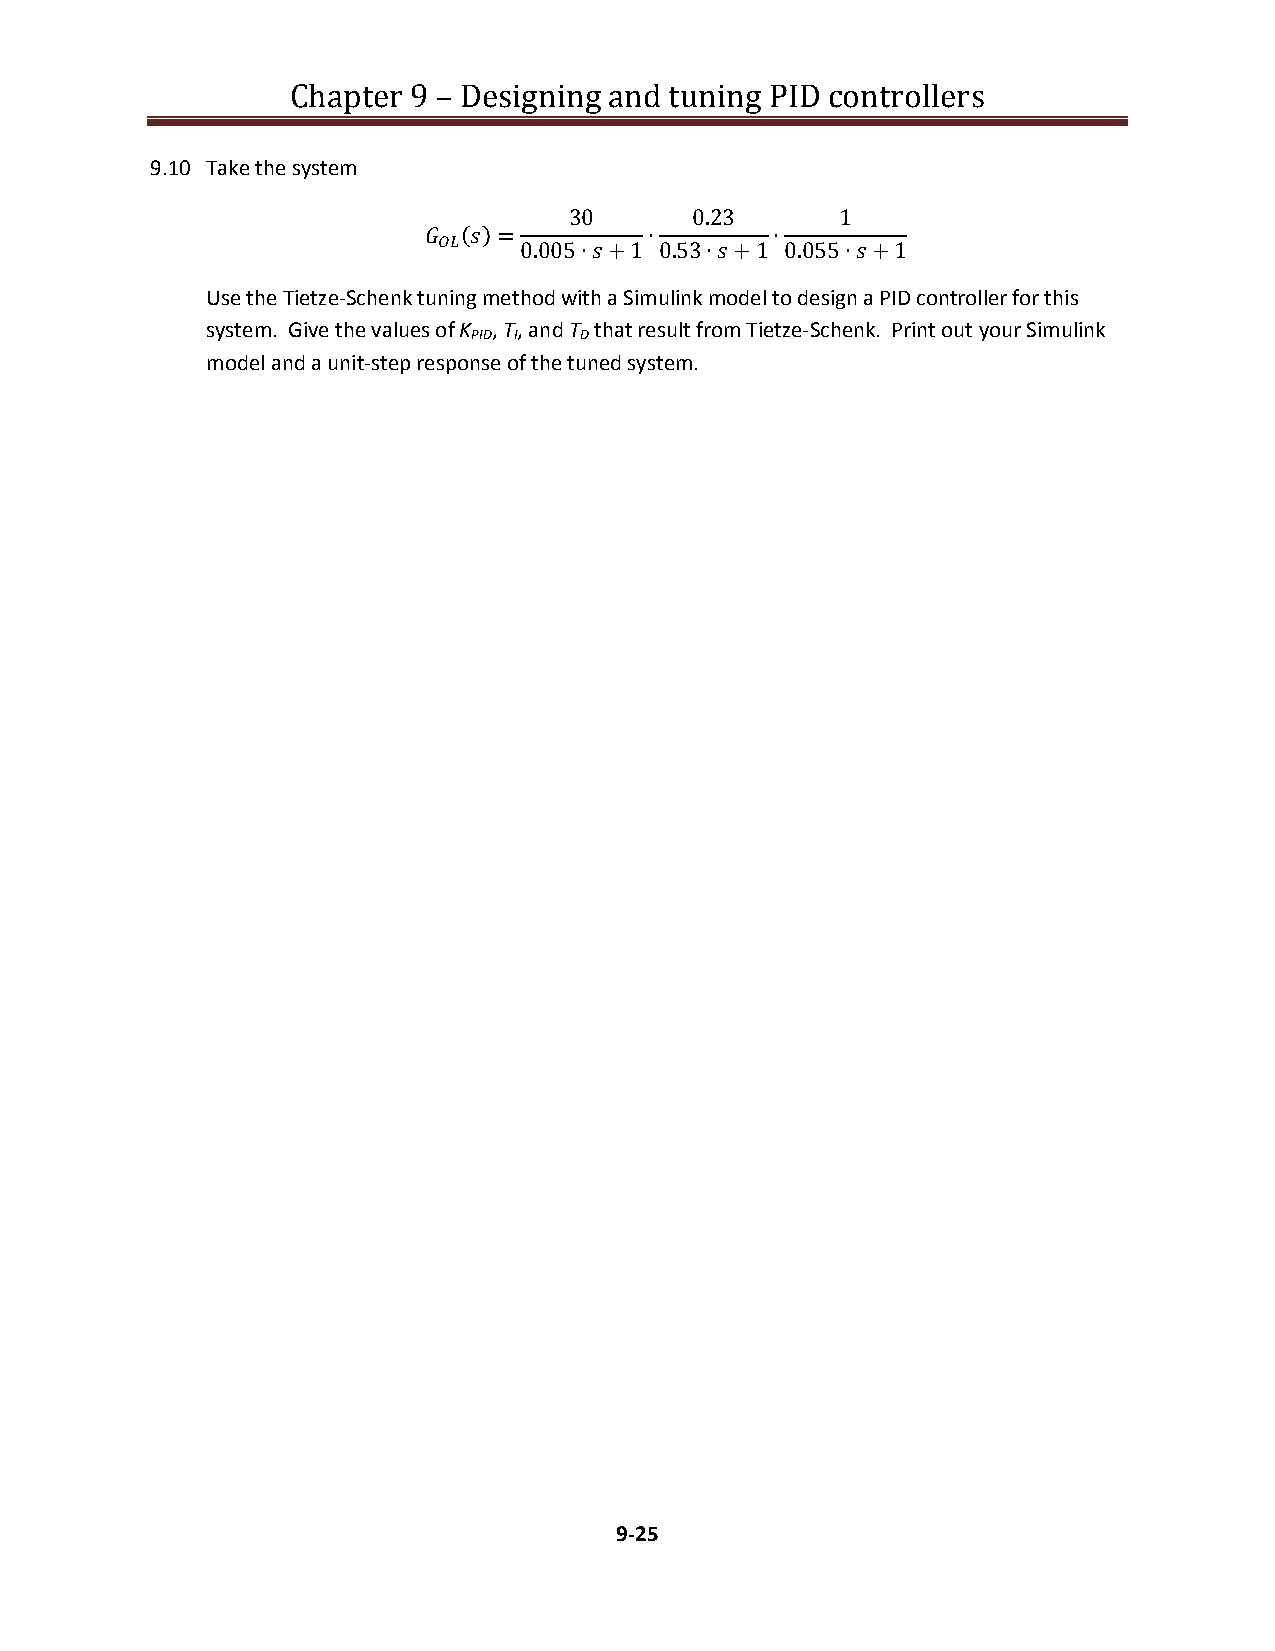
Chapter 9 – Designing and tuning PID controllers
 9.10 Take the system
 30      0.23      1
   ()=        ∙       ∙
    0.005∙+1 0.53∙+1 0.055∙+1
 Use the Tietze-Schenk tuning method with a Simulink model to design a PID controller for this
 system. Give the values of K , T, and T that result from Tietze-Schenk. Print out your Simulink
 PID I  D
 model and a unit-step response of the tuned system.
 9-25